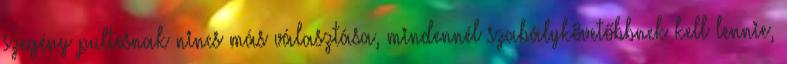
szegény pultosnak nincs más választása, mindennél szabálykövetőbbnek kell lennie,